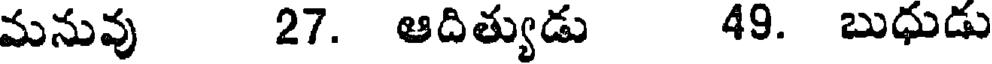
మనువు 27. ఆదిత్యుడు 49. బుధుడు